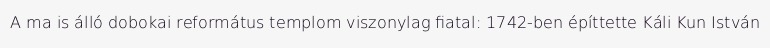
A ma is álló dobokai református templom viszonylag fiatal: 1742-ben építtette Káli Kun István